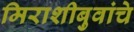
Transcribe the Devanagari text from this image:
मिराशीबुवांचे